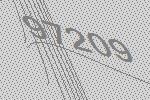
97209